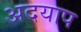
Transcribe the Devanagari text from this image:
अदयाप